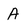
Character: A